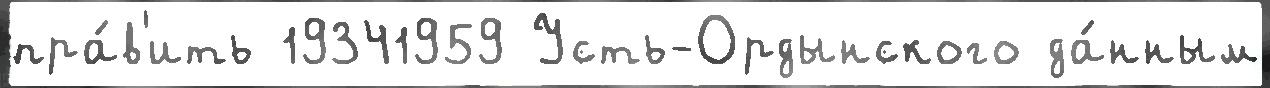
пра́в'ить 19341959 Усть-Ордынского да́нным